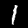
Digit: 1